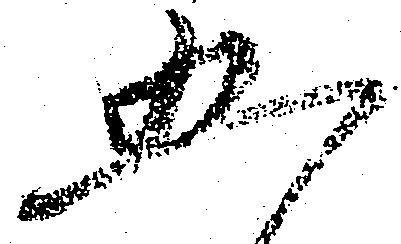
五